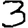
Digit: 3